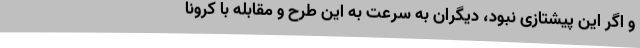
و اگر این پیشتازی نبود، دیگران به سرعت به این طرح و مقابله با کرونا